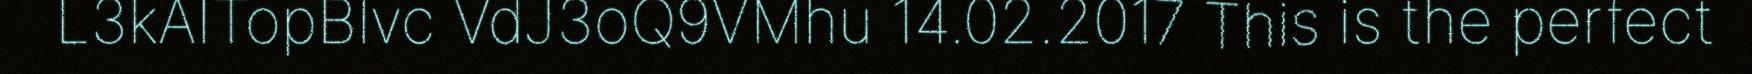
L3kAITopBlvc VdJ3oQ9VMhu 14.02.2017 This is the perfect